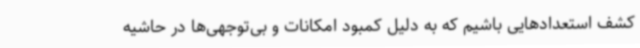
کشف استعدادهایی باشیم که به دلیل کمبود امکانات و بی‌توجهی‌ها در حاشیه